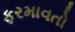
ફરમાવતો